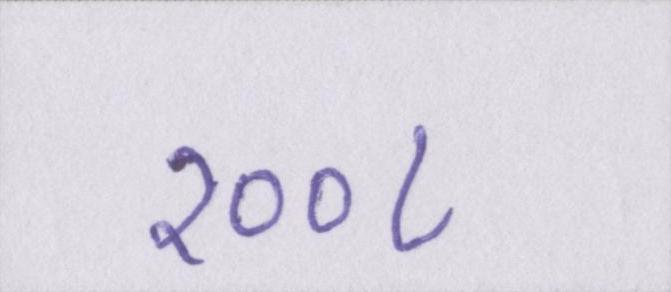
२००८